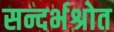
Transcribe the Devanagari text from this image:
सन्दर्भश्रोत